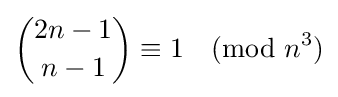
{2n-1 \choose n-1}\equiv 1{\pmod {n^{3}}}